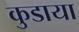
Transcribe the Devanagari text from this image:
कुडाया